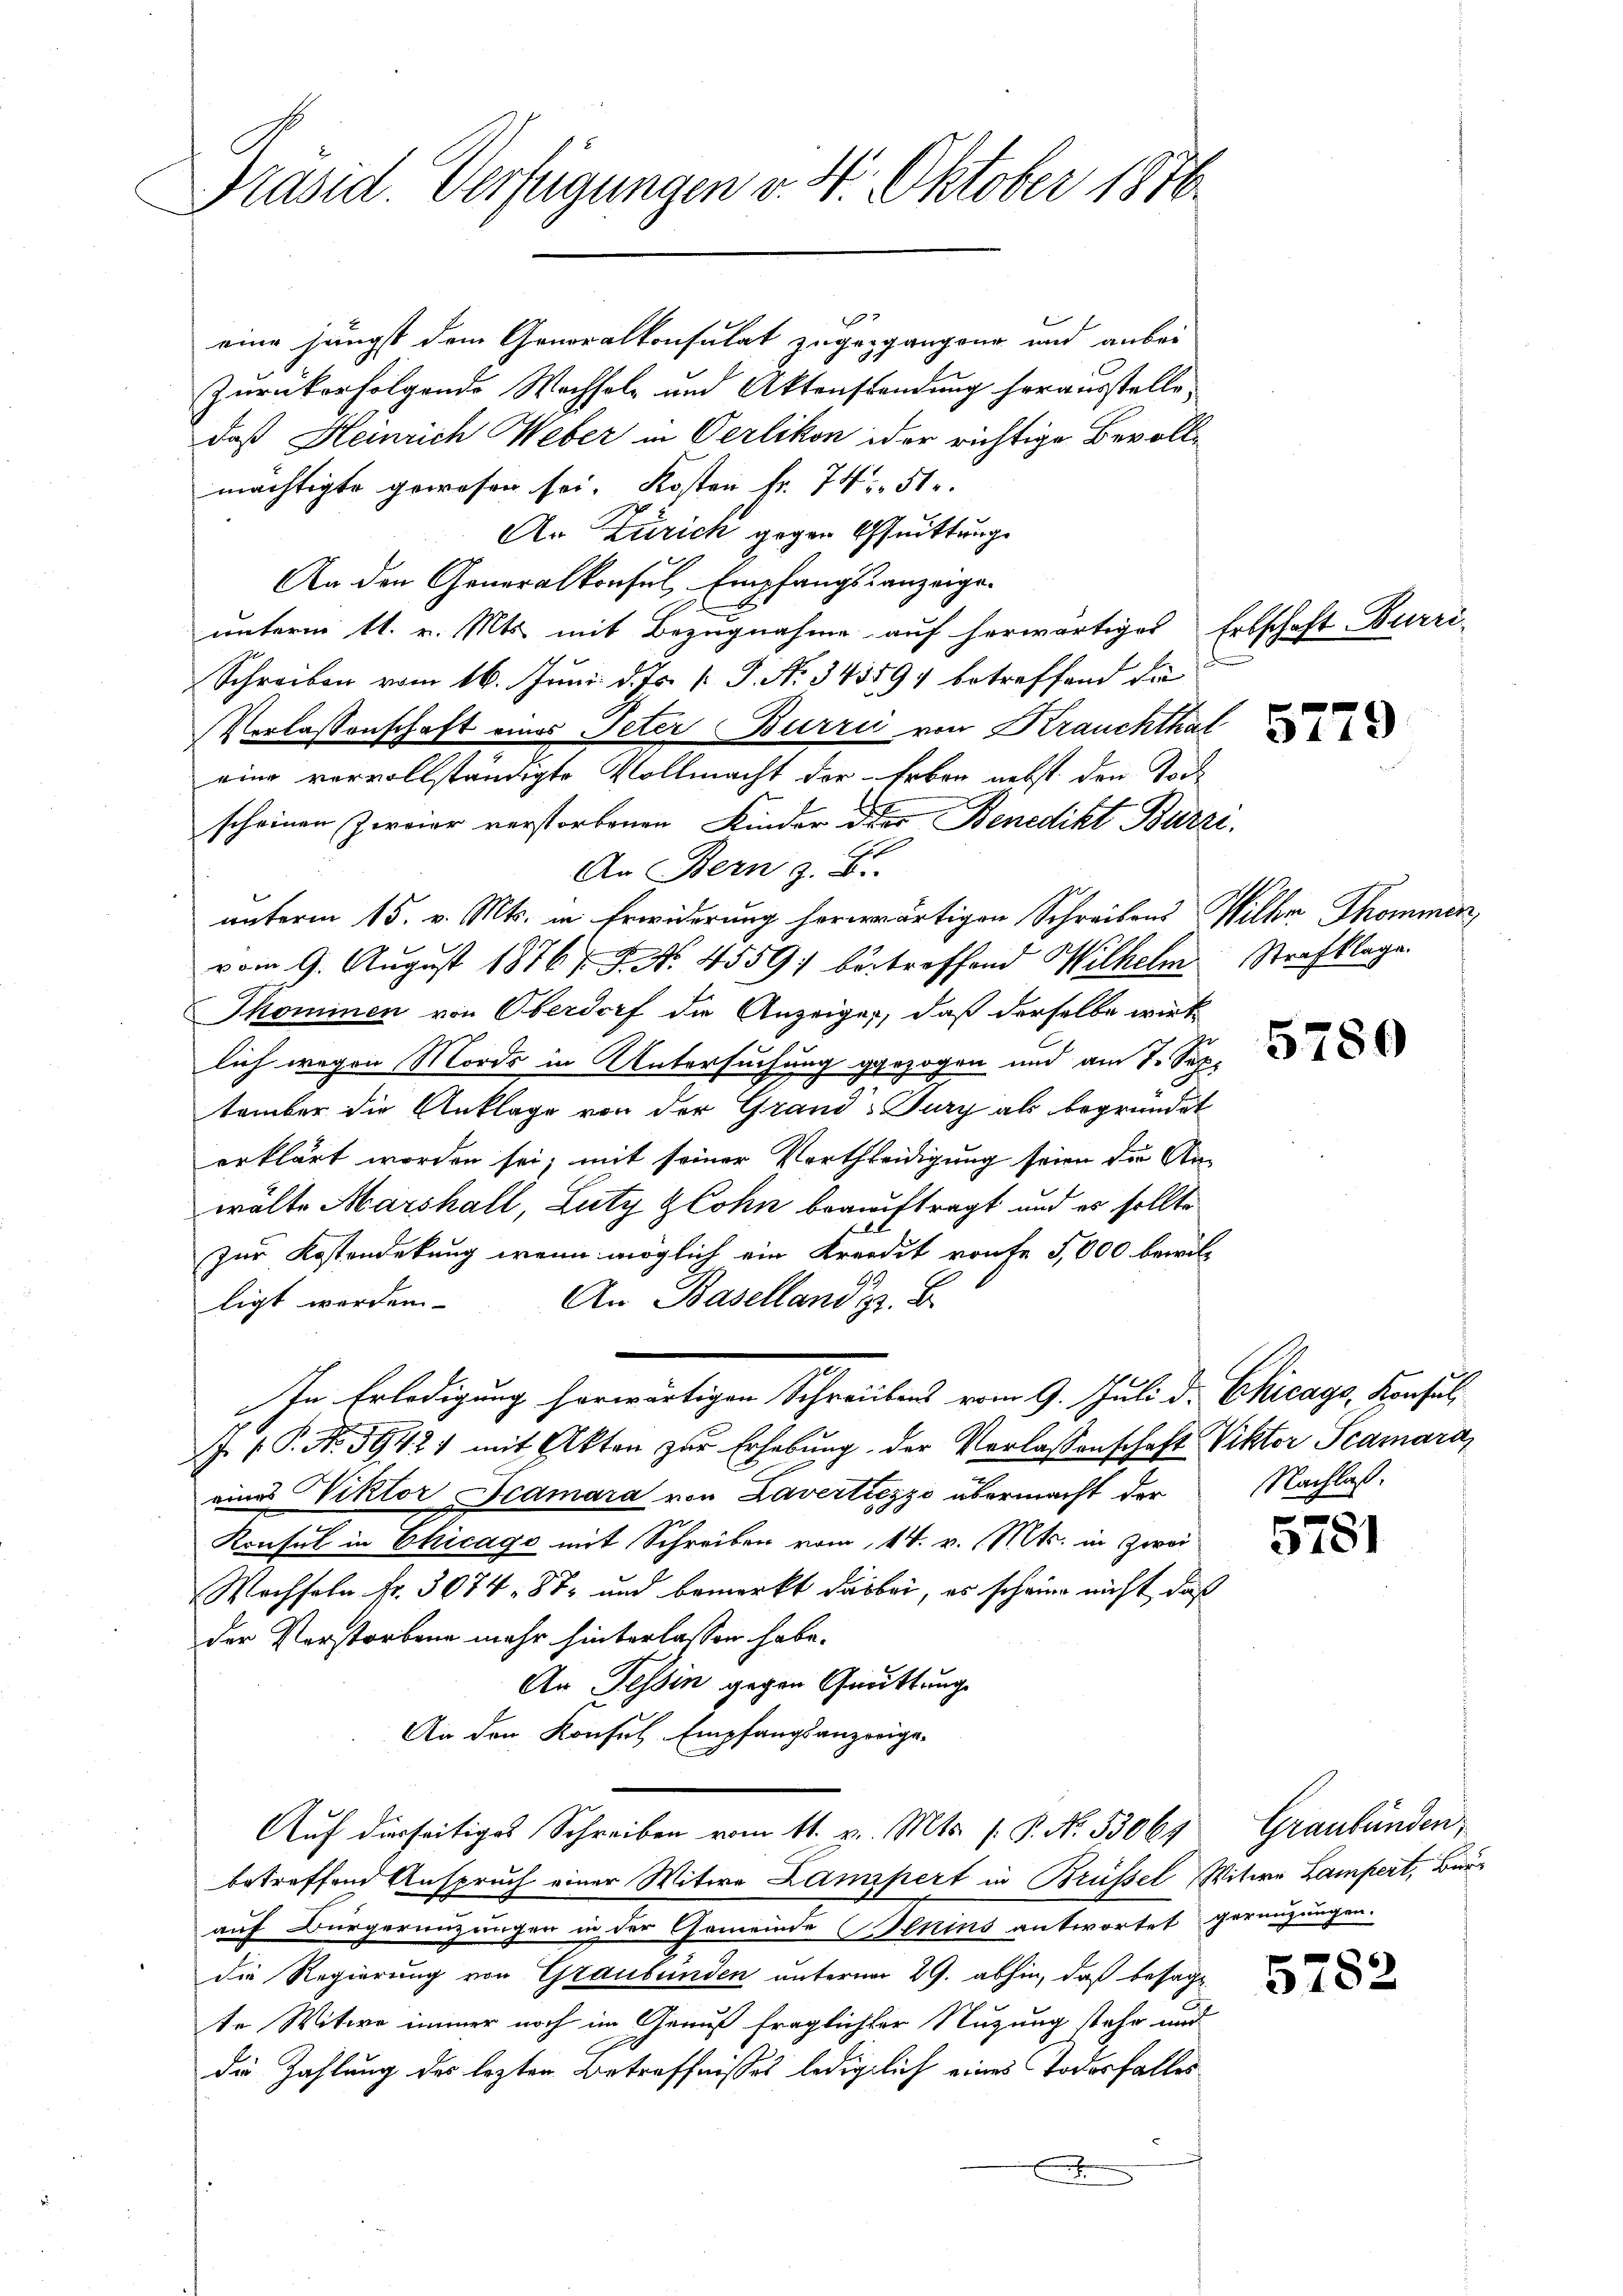
e
Präsid. Verfügungen v. 4. Oktober 1876

eine jüngst dem Generalkonsulat zugegangene und anbei¬
Zurückerfolgende Wachholz und Aktenstandung herausstelle,
daß Heinrich Weber in Oerlikon der richtige Bevollmächtigte gewesen sei. Kosten Fr. 745. 51.
An Zürich gegen Quittung
An den Generalkonsul, Empfangsanzeige
unterm 11. v. Mts. mit Bezugnahme auf herwärtiges Erbschaft Burri¬
Schreiben vom 16. Juni d. Js. v. J. No 345594 betreffend die
Verlassenschaft eines Peter Burrić von Krauchthat
eine vervollständigte Vollmacht der Erben nebst den Tode
scheinen Zweier verstorbenen Kinder der Benedikt Barzi.
An Bern z. B.
unterm 15. v. Mts. in Erwiderung herwärtigen Schreibens Wilhem Thommen
vom 9. August 1876. No. 4559) betreffend Wilhelm Strafklage
Skominen von Oberdorf die Anzeige, daß derselbe wirk
lich wegen Morde in Untersuchung gezogen und am 7. Sep.
tember die Anklage von der Grand-Sury als begründet
erklärt worden sei; mit seiner Vortheidigung seien die An-
wälte Marshall, Lutz Zlohn beauftragt, und er sollte
zur Kostendekung wenn möglich ein Kreidet worfe 5,000 bewill
An Baselland z. B.
ligt werden
In Erledigung herwärtigen Schreibens vom 9. Juli d. Chicago, Konsul
J. P. No. 3942) mit Akten zur Erhebung der Verlassenschaft Viktor Scamara
eines Viktor Scamara von Lavertiezzo übermacht der
Konsul in Chicago mit Schreiben vom 14. v. Mts. in Zwei
Wachseln Fr. 3074. 87 und bemerkt darbei, es scheine nicht, daß
der Vorstorben mehr hinterlassen habe.
An Tessin gegen Quittung
An den Konsul, Empfangsanzeige,
Auf dieseitiges Schreiben vom 11. v. Mts. s. P. No. 53064
betreffend Anspruch einer Witwe Lampert in Brüssel, Witwe Lampert, Burauf Bürgerenzungen in der Gemeinde Slkins antwortet gerenzungen.
die Regierung von Graubünden unterner 29. abhin, daß besagt
te Witwe immer noch im Genuß fraglichter Nutzung stehe und
die Zahlung des lezten Betreffnisses lediglich eines Todesfalles
x

5779

5780

Nachlass.

5781

Graubünden,

5782